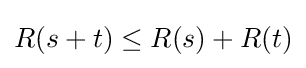
R(s+t)\leq R(s)+R(t)